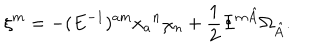
\xi ^ { m } = - ( E ^ { - 1 } ) ^ { a m } x _ { a } { } ^ { n } \chi _ { n } + \frac { 1 } { 2 } \Phi ^ { m \hat { A } } \Omega _ { \hat { A } } .